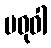
မဓုဝါ